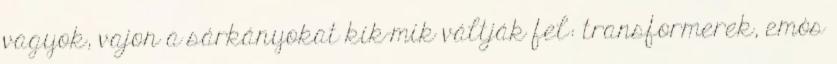
vagyok, vajon a sárkányokat kik-mik váltják fel: transformerek, emós